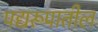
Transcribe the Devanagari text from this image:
पद्यरूपातील